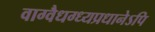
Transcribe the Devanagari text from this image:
वाग्वैधग्ध्यप्रधानेऽपि